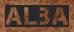
ALBA